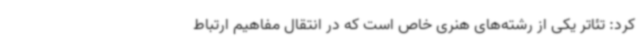
کرد: تئاتر یکی از رشته‌های هنری خاص است که در انتقال مفاهیم ارتباط